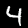
Digit: 4